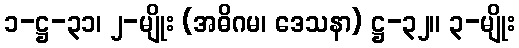
၁-ဋ္ဌ-၃၁၊ ၂-မျိုး (အဓိဂမ၊ ဒေသနာ) ဋ္ဌ-၃၂။ ၃-မျိုး